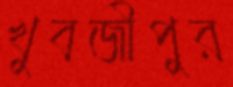
খুবজীপুর